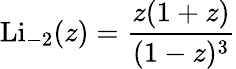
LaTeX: \operatorname{Li}_{-2}(z)={\frac{z(1+z)}{(1-z)^{3}}}